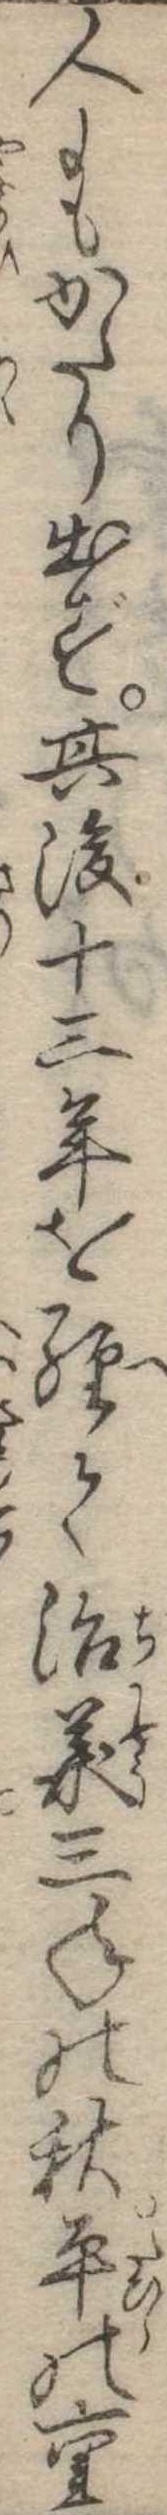
人にもかたり出ず其後十三年を経て治承三年の秋平の重